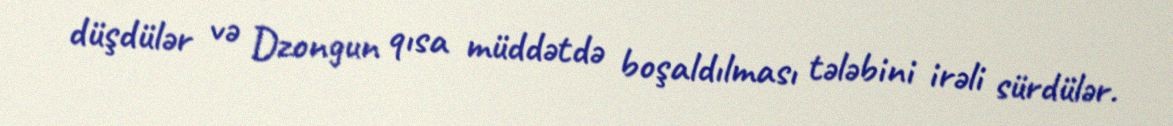
düşdülər və Dzongun qısa müddətdə boşaldılması tələbini irəli sürdülər.